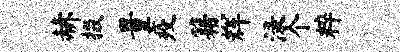
赫掇量疫籍辉渌个粹